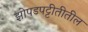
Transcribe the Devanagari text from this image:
झोपडपट्टीतीतील